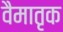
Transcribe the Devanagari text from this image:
वैमातृक